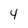
Character: 4